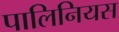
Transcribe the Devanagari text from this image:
पालिनियस